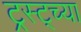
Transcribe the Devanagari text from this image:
ट्रस्ट्च्या